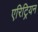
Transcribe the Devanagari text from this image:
एरिट्रियन